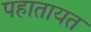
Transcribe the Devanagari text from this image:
पहातायत